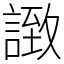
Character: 𧩼